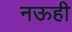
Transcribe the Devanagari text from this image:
नऊही